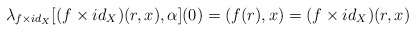
\begin{align*} \lambda_{f\times id_{X}}[ (f\times id_{X})(r,x),\alpha](0) = (f(r),x)= (f\times id_{X})(r,x)\end{align*}